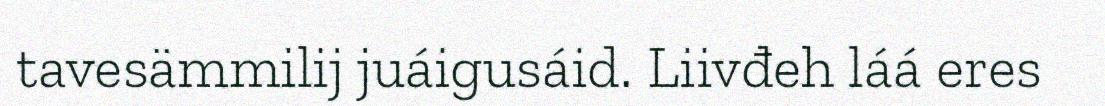
tavesämmilij juáigusáid. Liivđeh láá eres